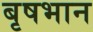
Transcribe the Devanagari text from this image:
बृषभान